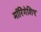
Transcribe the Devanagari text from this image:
मॉरिंगेशिए